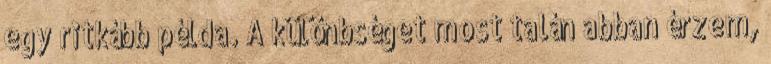
egy ritkább példa. A különbséget most talán abban érzem,